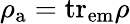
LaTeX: \rho_{\mathrm{a}}=\mathrm{tr}_{\mathrm{em}}\rho